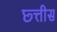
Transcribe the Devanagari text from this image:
छ्त्तीस